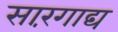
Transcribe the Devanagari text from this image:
सारंगाद्य